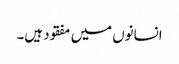
انسانوں میں مفقود ہیں۔